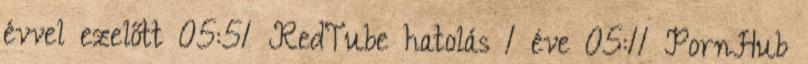
évvel ezelőtt 05:51 RedTube hatolás 1 éve 05:11 PornHub